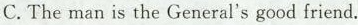
C.The man is the General's good friend.